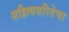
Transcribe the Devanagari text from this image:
सहित्यसरितेचा